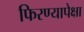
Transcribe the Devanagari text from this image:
फिरण्यापेक्षा